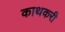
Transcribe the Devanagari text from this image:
काथकरी